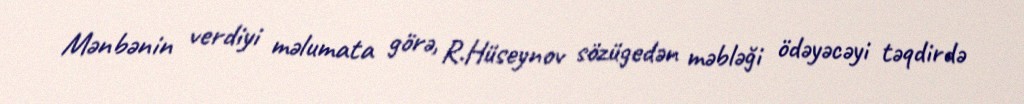
Mənbənin verdiyi məlumata görə, R.Hüseynov sözügedən məbləği ödəyəcəyi təqdirdə